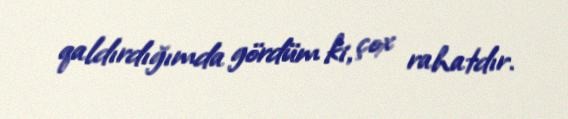
qaldırdığımda gördüm ki, çox rahatdır.